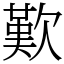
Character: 歎